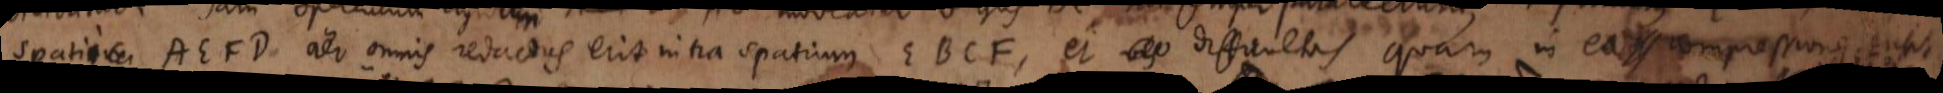
spatii AEFD aer omnis redactus erit intra spatium EBCF, et difficultas quam in ea compressione sensit